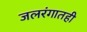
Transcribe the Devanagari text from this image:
जलरंगातही